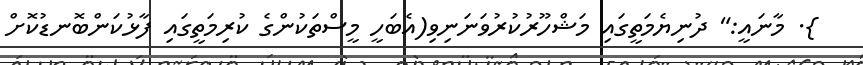
}. މާނައީ:" ދުނިޔެމަތީގައި މަޝްހޫރުކުރުވަނަނިވި(އެބަހީ މީސްތަކުންގެ ކުރިމަތީގައި ފާޅުކަންބޮނޑުކޮށް